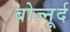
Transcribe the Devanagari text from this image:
बोज्नूर्द